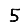
Digit: 5